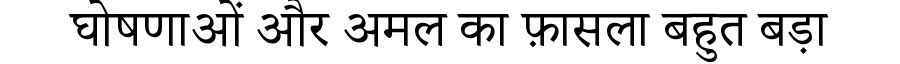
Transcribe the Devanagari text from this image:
घोषणाओं और अमल का फ़ासला बहुत बड़ा